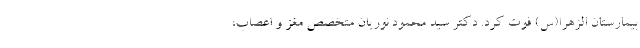
بیمارستان الزهرا(س) فوت کرد. دکتر سید محمود نوریان متخصص مغز و اعصاب،